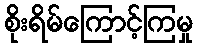
စိုးရိမ်ကြောင့်ကြမှု